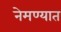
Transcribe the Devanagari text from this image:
नेमण्‍यात